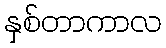
နှစ်တာကာလ